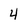
Character: 4